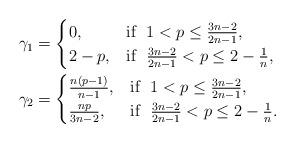
LaTeX: \begin{align*}& \gamma_{1} = \begin{cases} 0, & \mbox{if } \ 1< p \le \frac{3n-2}{2n-1},\\ 2-p, & \mbox{if } \ \frac{3n-2}{2n-1} < p \le 2-\frac{1}{n}, \end{cases} \\ & \gamma_{2} = \begin{cases} \frac{n(p-1)}{n-1}, & \mbox{if } \ 1< p \le \frac{3n-2}{2n-1},\\ \frac{np}{3n-2}, & \mbox{if } \ \frac{3n-2}{2n-1} < p \le 2-\frac{1}{n}. \end{cases} \end{align*}